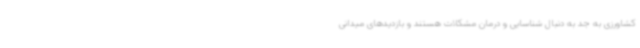
کشاورزی به جد به دنبال شناسایی و درمان مشکلات هستند و بازدیدهای میدانی